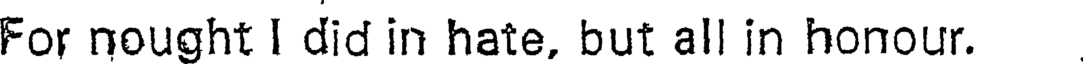
For nought I did in hate, but all in honour.